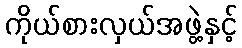
ကိုယ်စားလှယ်အဖွဲ့နှင့်